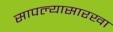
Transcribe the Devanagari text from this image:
सापल्यासारखा